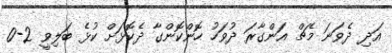
އަދި ދެވަނަ މެޗް އަންގާރަ ދުވަހު ހޮންކޮންގާ ދެކޮޅަށް ކުޅެ ބަލިވީ 2-0